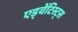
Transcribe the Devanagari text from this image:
एड्वेंटिस्ट्स